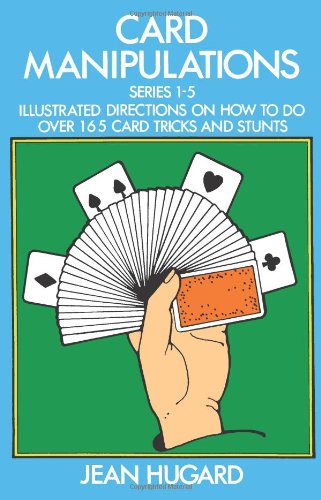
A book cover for Card Manipulations (Dover Magic Books); Jean Hugard; Humor & Entertainment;